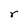
Character: r